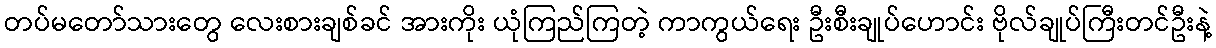
တပ်မတော်သားတွေ လေးစားချစ်ခင် အားကိုး ယုံကြည်ကြတဲ့ ကာကွယ်ရေး ဦးစီးချုပ်ဟောင်း ဗိုလ်ချုပ်ကြီးတင်ဦးနဲ့